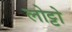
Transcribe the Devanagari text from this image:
लोट्टो